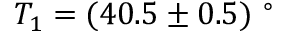
T _ { 1 } = ( 4 0 . 5 \pm 0 . 5 ) \ ^ { \circ }